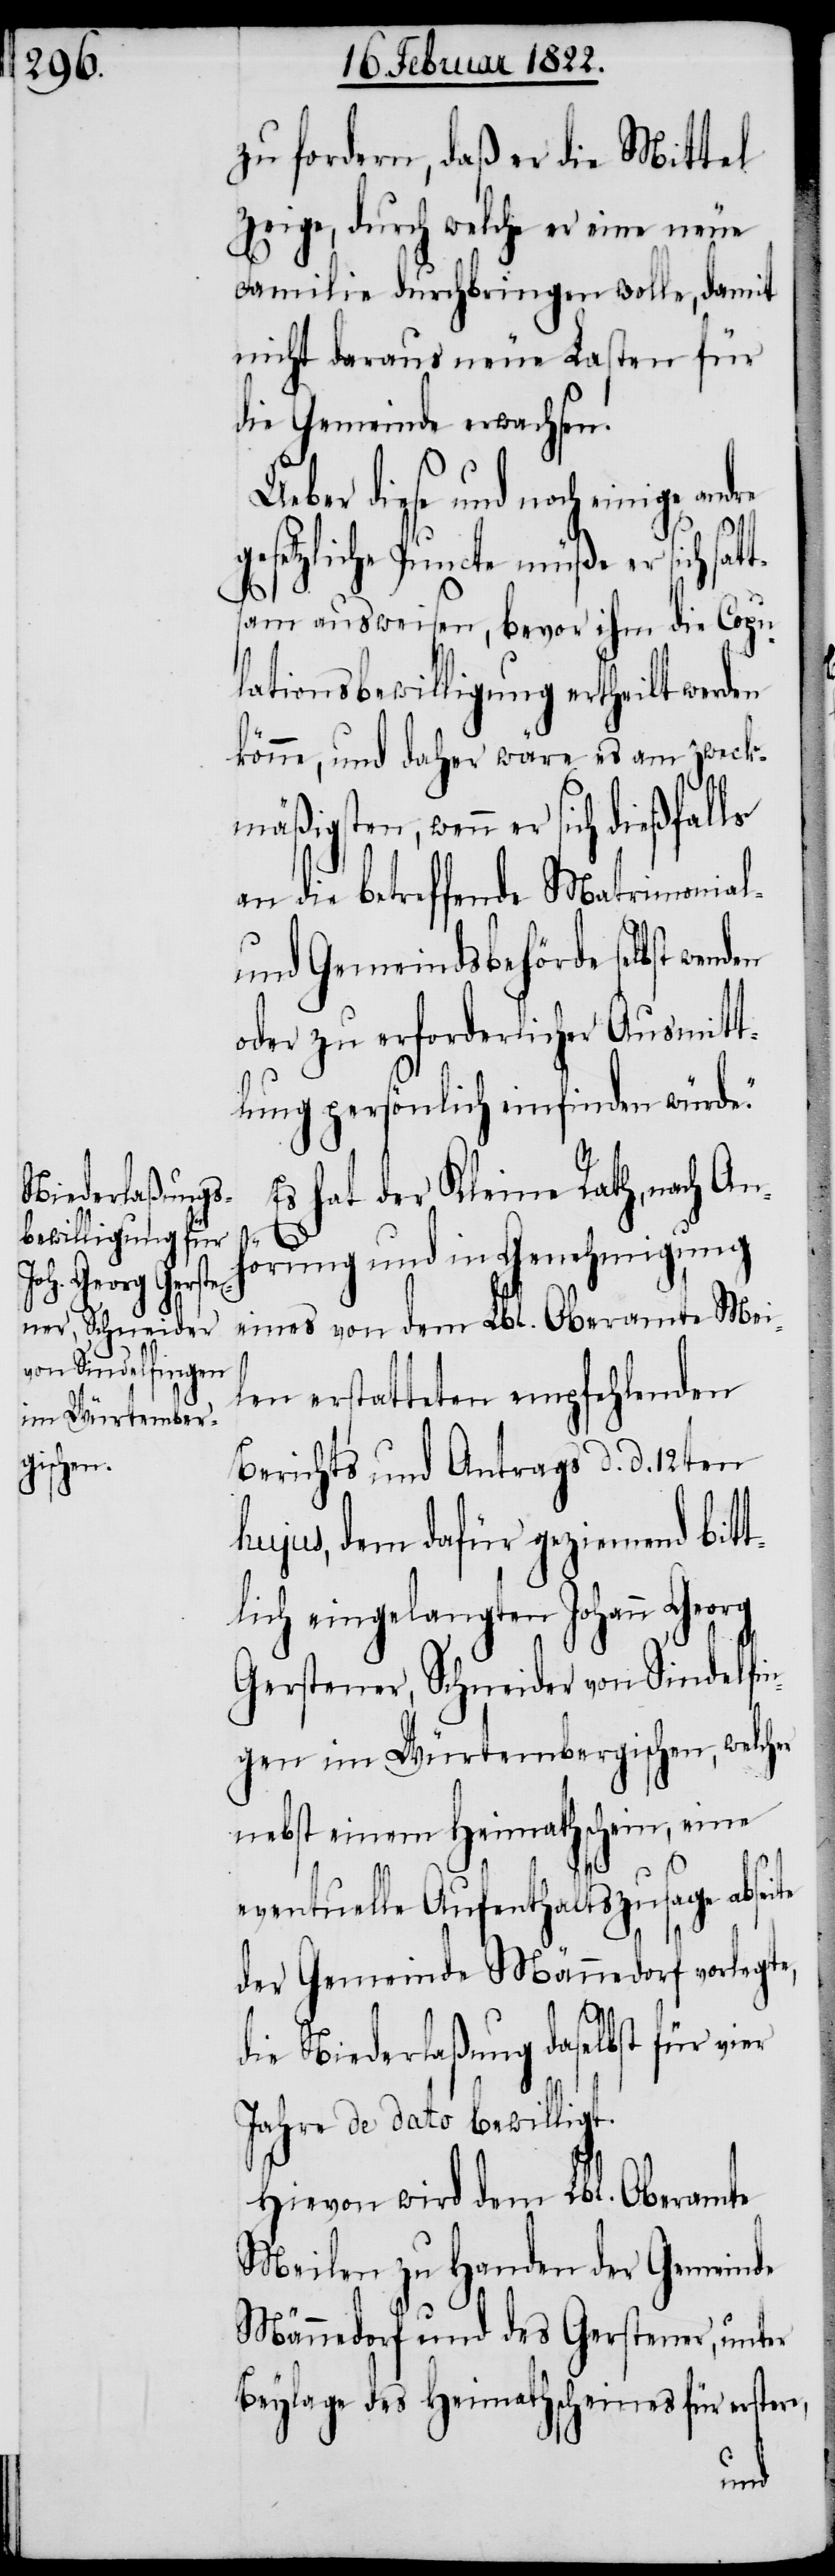
zu fordern, daß er die Mittel
zeige, durch welche er eine neue
Familie durchbringen wolle, damit
nicht daraus neue Lasten für
die Gemeinde erwachsen.
Ueber diese und noch einige
gesetzliche Puncte müße er sich stat¬
am ausweisen, bevor ihm die Copu¬
lationsbewilligung ertheilt werden
könne, und daher wäre es am zweck¬
mäßigsten, wenn er sich dießfalls
an die betreffende Matrimonial-
und Gemeindsbehörde selbst
oder zu erforderlicher Ausmitt¬
lung persönlich einfinden würde.“
Es hat der Kleine Rath, nach An¬
ts¬
hörung und in Genehmigung
eines von dem Lbl. Oberamte Mei¬
len erstatteten empfehlenden
Berichts und Antrags d. d. 12ten
hujus, dem dafür geziemend bitt¬
lich eingelangten Johann Georg
Gerstener, Schneider von Sindelfin¬
gen im Würtembergischen, welcher
nebst einem Heimathschein, eine
eventuelle Aufenthaltszusage abseite
der Gemeinde Männedorf vorlegte,
die Niederlaßung daselbst für vier
Jahre de dato bewilligt.
Hievon wird dem Lbl. Oberamte
Meilen zu Handen der Gemeinde
Männedorf und des Gerstener, unter
Beylage des Heimathscheines für erstere,